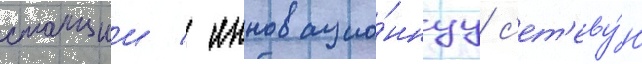
станции / инновацио́ннуу с'ет'еву́ю